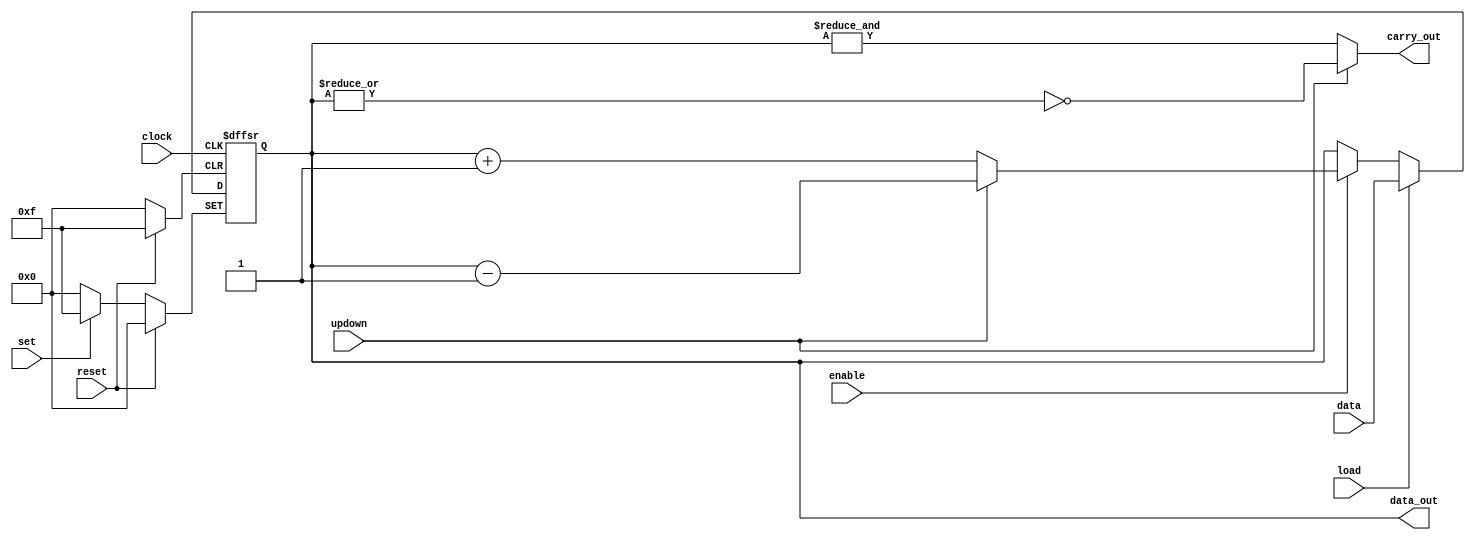
module counter_updown(
	input wire clock,
	input wire enable,
	input wire updown,
	input wire load,
	input wire set,
	input wire reset,
	input wire[3:0] data,
	output wire[3:0] data_out,
	output wire carry_out
);

reg[3:0] count;
assign data_out = count;
assign carry_out = updown ? ~|count : &count;

always @(negedge clock or posedge reset or posedge set) begin
	if (reset)
		count = 4'h0;
	else if (set)
		count = 4'hF;
	else if (load)
		count = data;
	else if (enable) begin
		if (updown)
			count = data_out - 1;
		else
			count = data_out + 1;
	end
end

endmodule